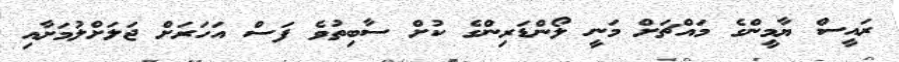
ރައީސް ޔާމީންގެ މައްޗަށް މަނީ ލޯންޑަރިންގެ ކުށް ސާބިތުވެ ފަސް އަހަރަށް ޖަލަށްލުމަށާއި